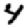
Digit: 4